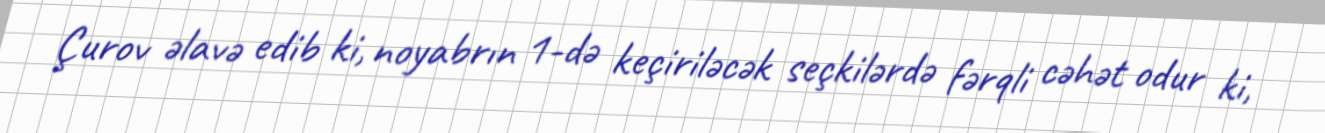
Çurov əlavə edib ki, noyabrın 1-də keçiriləcək seçkilərdə fərqli cəhət odur ki,